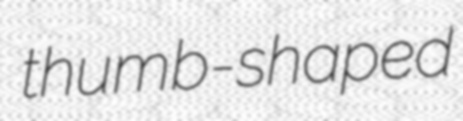
thumb-shaped